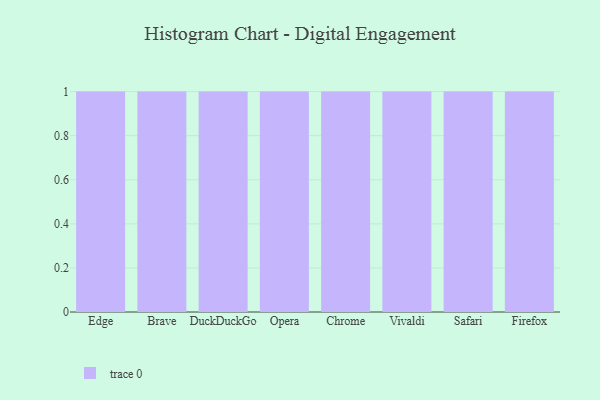
{"axis": {"x": "Browser", "y": "Shipments"}, "legend": [""], "data": [{"x": "Edge", "y": 68, "type": ""}, {"x": "Brave", "y": 66, "type": ""}, {"x": "DuckDuckGo", "y": 71, "type": ""}, {"x": "Opera", "y": 67, "type": ""}, {"x": "Chrome", "y": 23, "type": ""}, {"x": "Vivaldi", "y": 79, "type": ""}, {"x": "Safari", "y": 32, "type": ""}, {"x": "Firefox", "y": 67, "type": ""}]}